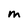
Character: M